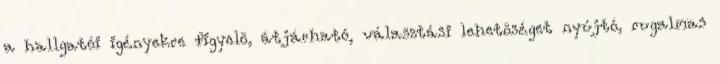
a hallgatói igényekre figyelõ, átjárható, választási lehetõséget nyújtó, rugalmas